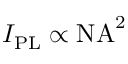
I _ { \mathrm { P L } } \propto \mathrm { N A } ^ { 2 }